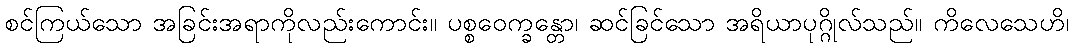
စင်ကြယ်သော အခြင်းအရာကိုလည်းကောင်း။ ပစ္စဝေက္ခန္တော၊ ဆင်ခြင်သော အရိယာပုဂ္ဂိုလ်သည်။ ကိလေသေဟိ၊